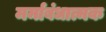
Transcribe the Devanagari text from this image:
मर्माबंधात्मक